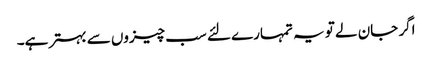
اگر جان لے تو یہ تمہارے لئے سب چیزوں سے بہتر ہے۔